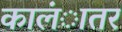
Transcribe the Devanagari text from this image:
कालंातर